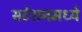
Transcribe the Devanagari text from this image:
सटेशनमध्ये